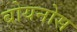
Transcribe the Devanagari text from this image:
बोयनोस